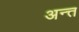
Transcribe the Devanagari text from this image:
अन्त्त